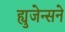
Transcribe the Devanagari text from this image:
ह्युजेन्सने